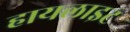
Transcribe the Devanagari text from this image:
हायलाइट